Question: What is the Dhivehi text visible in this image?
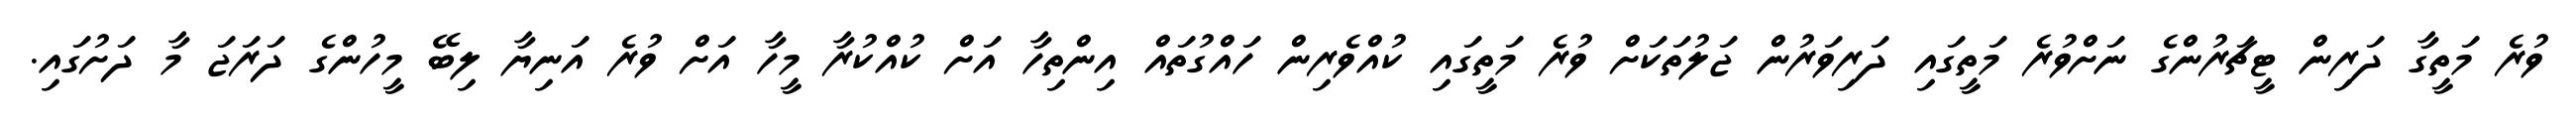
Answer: ވުރެ މަތީގާ ދަރިން ޓީޗަރުންގެ ނަށްވުރެ މަތީގައި ދަރިވަރުން ޖަލުތަކަށް ވުރެ މަތީގައި ކުއްވެރިން ހައްގުތައް އިންތިހާ އަށް ކުއްކުރާ މީހާ އަށް ވުރެ އަނިޔާ ލިބޭ މީހުންގެ ދަރަޖަ މާ ދަށުގައި.